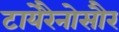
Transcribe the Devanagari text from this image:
टायेरैनोसौर